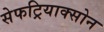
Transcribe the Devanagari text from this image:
सेफट्रियाक्सोन